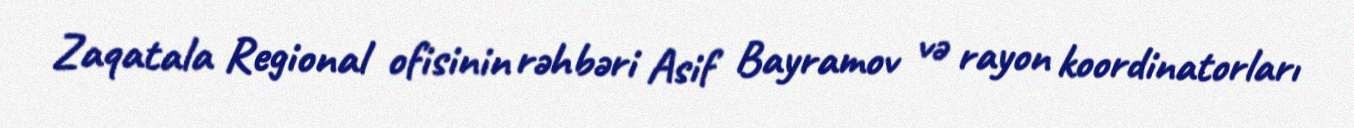
Zaqatala Regional ofisinin rəhbəri Asif Bayramov və rayon koordinatorları